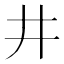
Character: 井